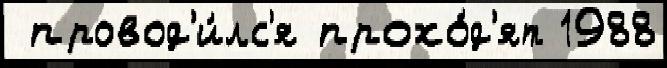
 провод'и́лс'я прохо́д'ят 1988